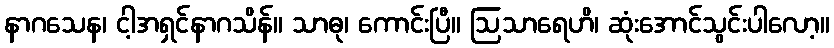
နာဂသေန၊ ငါ့အရှင်နာဂသိန်။ သာဓု၊ ကောင်းပြီ။ ဩသာရေဟိ၊ ဆုံးအောင်သွင်းပါလော့။